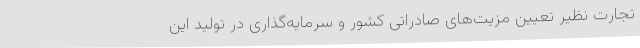
تجارت نظیر تعیین مزیت‌های صادراتی کشور و سرمایه‌گذاری در تولید این